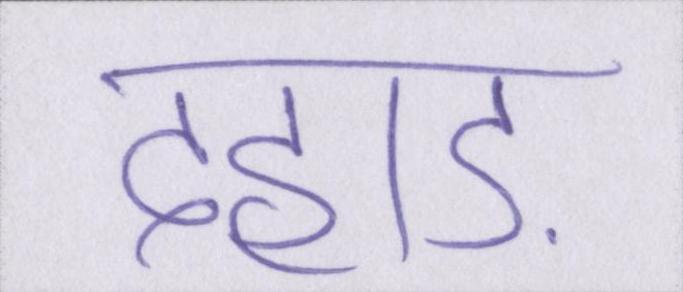
दहाड़